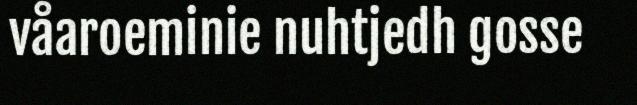
våaroeminie nuhtjedh gosse